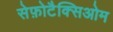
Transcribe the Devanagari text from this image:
सेफ़ोटैक्सिओम